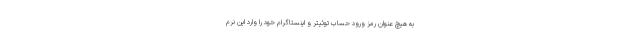
به هیچ عنوان رمز ورود حساب توئیتر و اینستاگرام خود را وارد این نرم